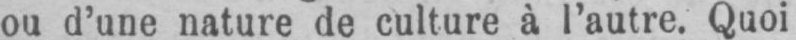
ou d’une nature de culture à l’autre. Quoi